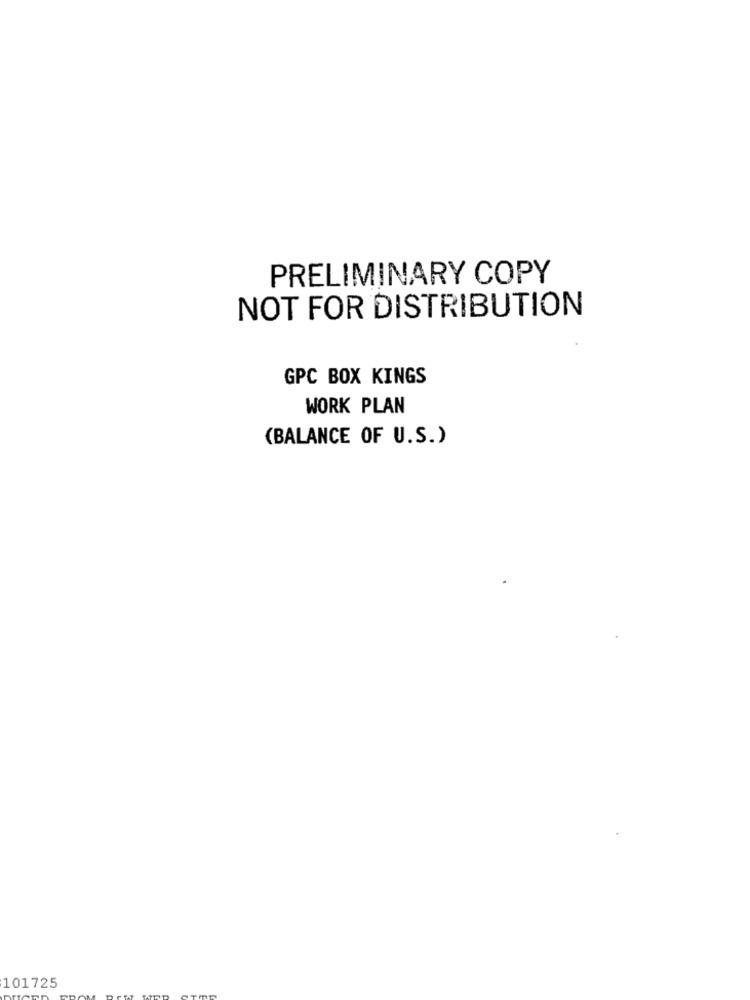
PRELIMINARY COPY
NOT FOR DISTRIBUTION
GPC BOX KINGS
WORK PLAN
(BALANCE OF U.S.)
101725